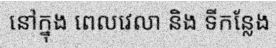
នៅក្នុង ពេលវេលា និង ទីកន្លែង